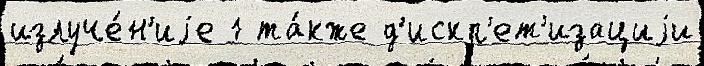
излуче́н'иjе 1 та́кже д'искр'ет'изациjи